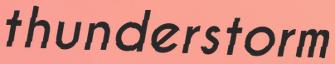
thunderstorm